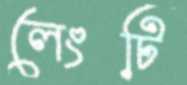
লেংটি